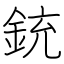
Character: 銃